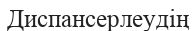
Диспансерлеудің